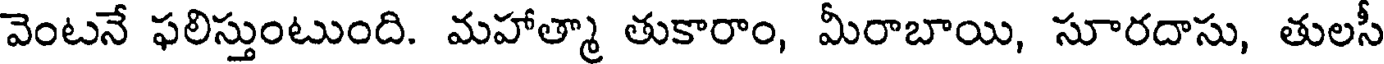
వెంటనే ఫలిస్తుంటుంది. మహాత్మా తుకారాం, మీరాబాయి, సూరదాసు, తులసీ